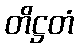
တိဋ္ဌတံ